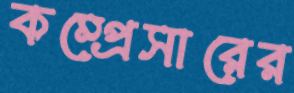
কম্প্রেসারের